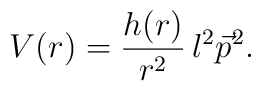
V(r) = \frac{h(r)}{r^2}\, l^2 \vec{p}^2 .